Newspaper: Alexandria gazette. [volume]
Place of publication: Alexandria, D.C.
Publisher: Edgar Snowden
Date: 1890-07-31 00:00:00
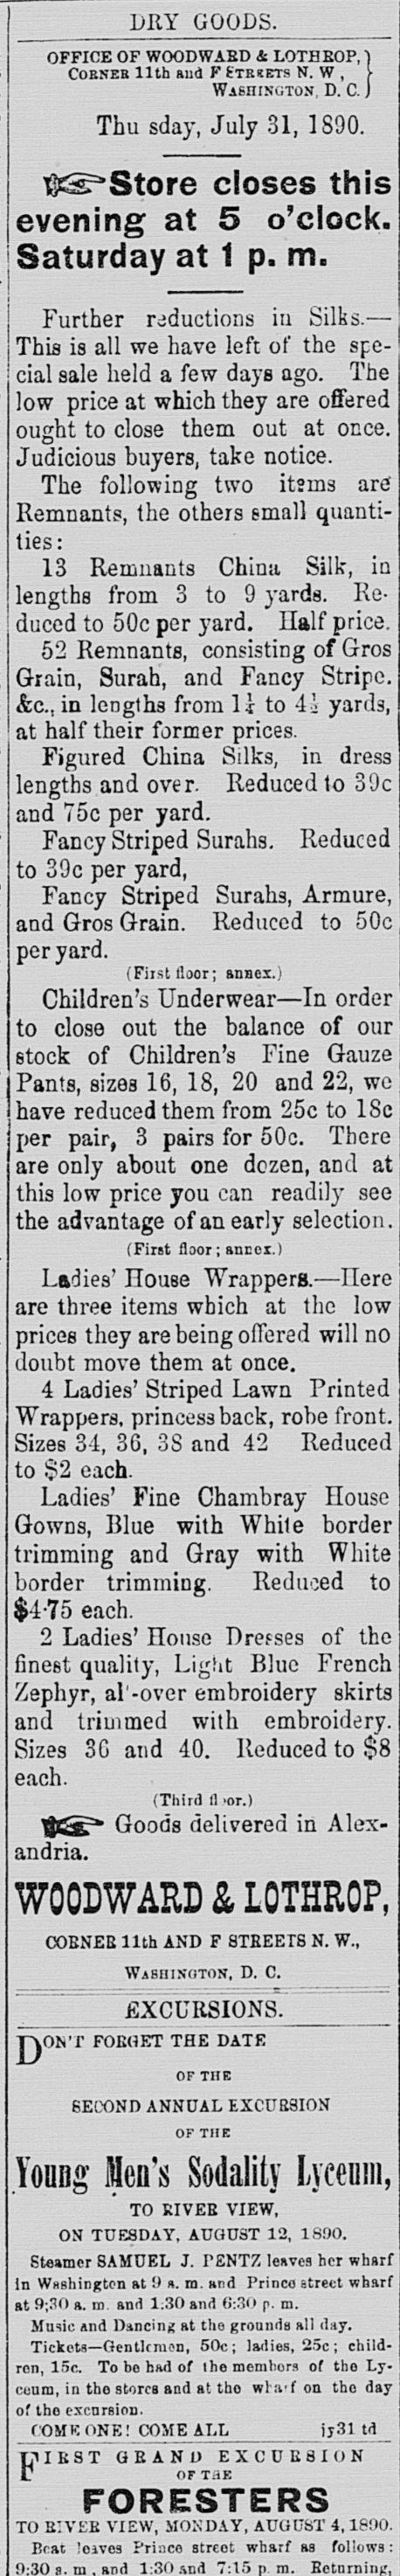
Advertisement text (OCR):
] | DRY GOODS. OFFICE OF WOODWABD A LOTH BOP,' Corner 11th and V Streets N. W , WasniNUTON, D. C, Thu sday, July 31, 1S90. vr<:.jStore closes evening at 5 o'clock. Saturday at 1 p. m. Further reductions in This is all we have left of the spe? cial sale held a few days ago. The low price at which they are offered ought to close them out at once. Judicious buyers, take notice. The following two items are Remnants, the others email quanti? ties: 13 Remnants China Silk, in lengths from 3 to 9 yards. Re? duced to 50c per yard. Half price. 52 Remnants, consisting of Gros Grain, Surah, and Fancy Stripe. &c, in lengths from 11 to \l yards, at half their former prices. Figured China Silks, in dress lengths and over. Reduced to 39c and 75c per yard. Fancy Striped Surahs. Reduced to 39c per yard, Fancy Striped Surahs, Armure, and Gros Grain. Reduced to 50c per yard. (First lloor; annex..! Children's Underwear?In order to close out the balance of 6tock of Children's Fine Gauze Pants, sizes 16, 18, 20 and 22, we have reduced them from 25c to ISc per pair, 3 pairs for 50c. There are only about one dozen, and at this low price you can readily see the advantage of an early selection. (First floor; annex.) Ladies' ITouee "Wrappers.?Here are three items which at the prices they are being offered will no doubt move them at once. 4 Ladies' Striped Lawn Printed princess back, robe front. Sizes 34, 3G, 3S and 42 to $2 each. Ladies' Fine Chambray House Gowns, Blue with White border trimming and Gray with White border trimming. Reduced to $4-75 each. 2 Ladies' House Drefses of the finest quality, Light Blue Zephyr, al'-over embroidery skirts and trimmed with embroidery. Sizes 3G and 40. Reduced to $8 each. (Third il >or.) ffi^fT* Goods delivered in Alex? andria. & LOTHROP, COBNEB 11th AND F STB EE TS N. W., Washington, D. C. EXCURSIONS. kONT FORGET THE DATE of the SECOND ANNUAL EXCUBSION ok the YooBg flea's Sodality Lyceum, TO RIVEB VIEW, ON TUESDAY. AUGUST 12, 1890. Steamer SAMUEL J. PENTZ leaves her wharf in Wellington at 9 s. m. and Princo street wharf at 9;.*tt> a. m and 1.30 and 6:30 p. m. Music and Dancing at the grounds all day. Tickets?Gentlemen, 50c; ladies, 25c; child? ren, 15c. To bo had of the members of tho Ly? ceum, in tho stores and at tho wbarf on the day of tho excursion. COMB ONE! COME ALL_jj31 td J?HRST GRAND EXCURSION FORESTERS TO RIVrJR VIEW, MONDAY, AUGUST 4,18!?0. Beat 'oivcs Prioco street wharf as follows: m.
Label: text-only